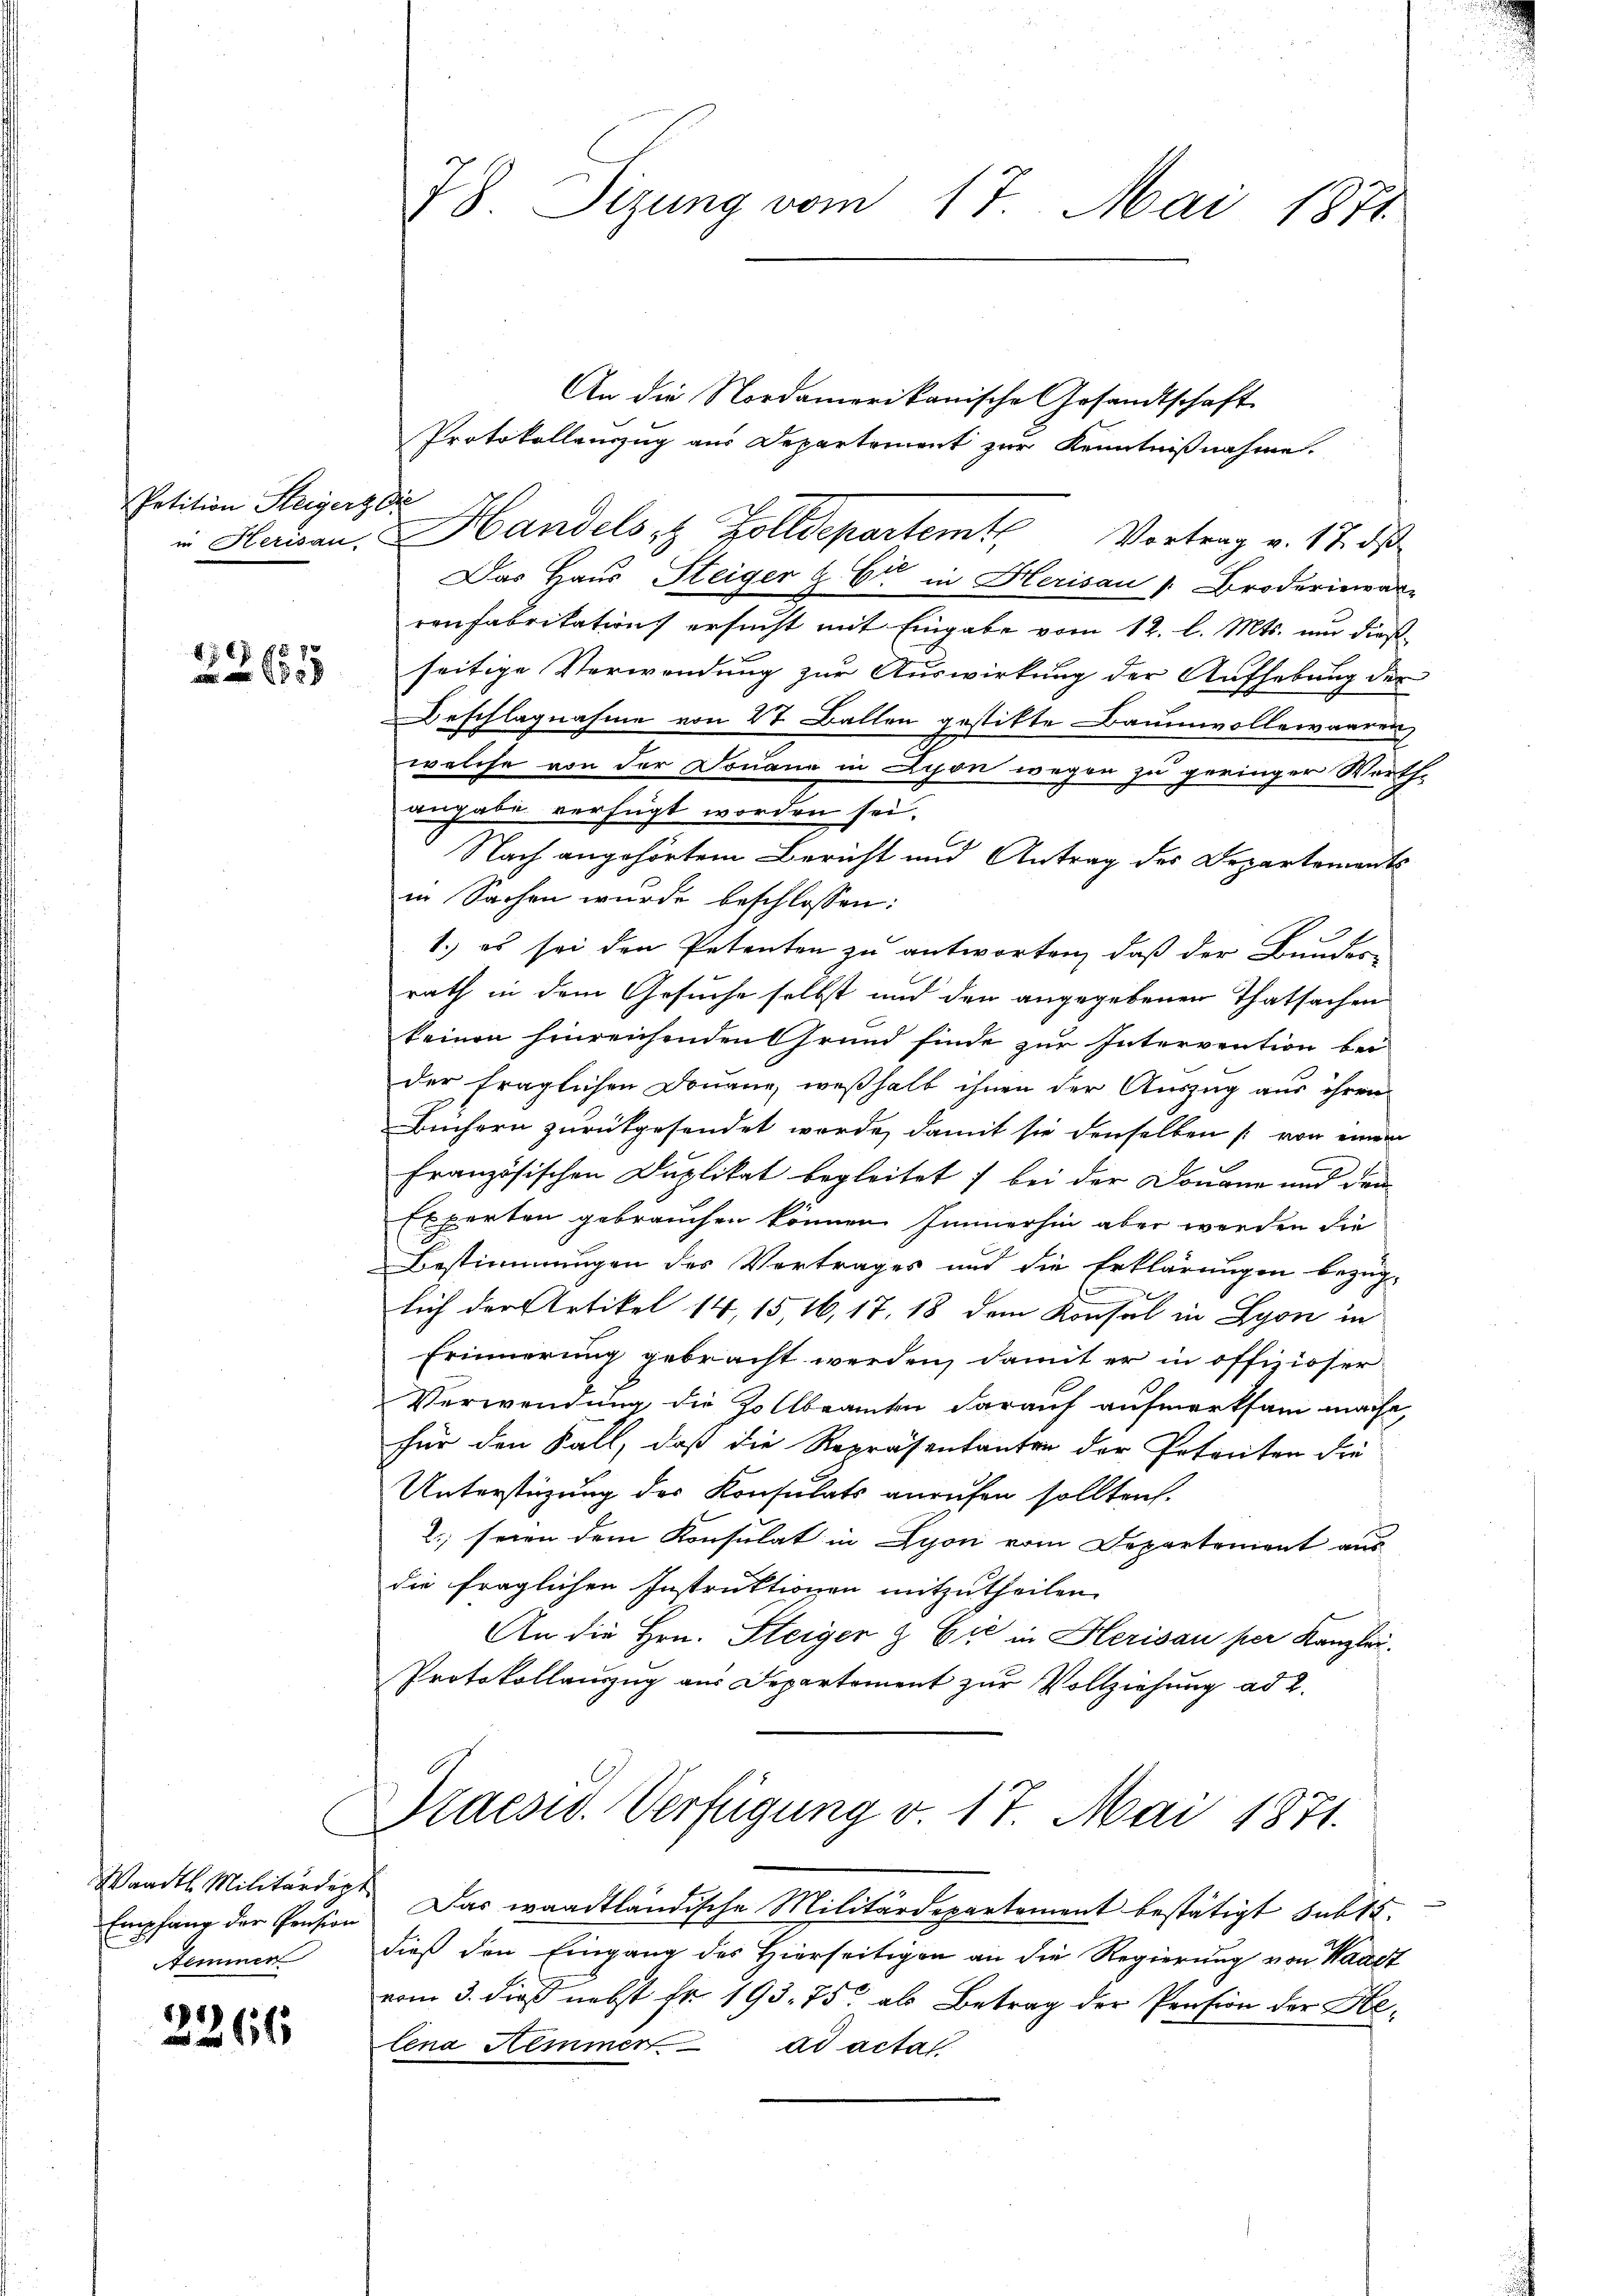
Petition Steigert die

22635

Empfang der Prision
Semmer

2266

8. Sizung vom 17. Mai 1871

An die Nordamerikanische Gesandtschaft
Protokollenzug aus Departement zur Kenntnißnahme.
in Herisau. Handelst Zolldepartem Vortrag v. 17. ds
Das Haus Steiger & Cie in Herisau 1. Broderiewar-
renfabrikation ersucht mit Eingabe vom 12. l. Mts. und dießseitige Verwendung zur Auswirkung der Aufhebung der
Beschlagnahme von 27 Ballen gestitte Baumwollewaaren,
welche von der Donaue in Schon wegen zu geringer Werthe
angabe verfügt worden sei.
Nach angehörtem Bericht und Antrag des Departements
in Sachen wurde beschlossen:
1.) es sei den Petenten zu antworten, daß der Bundern
rath in dem Gesuche selbst und den angegebenen Thatsachen
keinen hinreichenden Grund finde zur Intervention bei
der fraglichen Douane, weßhalb ihnen der Auszug aus ihren
Büchern zurückgesendet werde, damit sie denselben (von einem
Französischen Duplikat begleitet; bei der Douane und dem
Experten gebrauchen können Immerhin aber werden die
Bestimmungen des Vortrages und die Erklärungen bezüg-
lich der Artikel 14, 15, 16, 17, 18 dem Konsul in Lyon in
Erinnerung gebracht werden, damit er in offiziöser
Verwendung die Zollbeamten darauf aufmerksam mache,
für den Fall, daß die Repräsentanten der Petenten die
Unterstüzung des Konsulats anrufen sollten.
2.) seien dem Konsulat in Lyon vom Departement aus
die fraglichen Instruktionen mitzutheilen.
An die Hrn. Steiger & Cie in Herisau per Kanzlei¬
Protokollauszug aus Departement zur Vollziehung ad 2.
Praesio. Verfügung v. 17. Mai 1871.
Waadt. Militärdept. Das waadtländische Militärdepartement bestätigt sub 15.
dieß den Eingang des Hierseitigen an die Regierung von Waadt
vom 3. dieß nebst Fr. 193. 75 als Betrag der Pension der Helena Hemmen ad acta